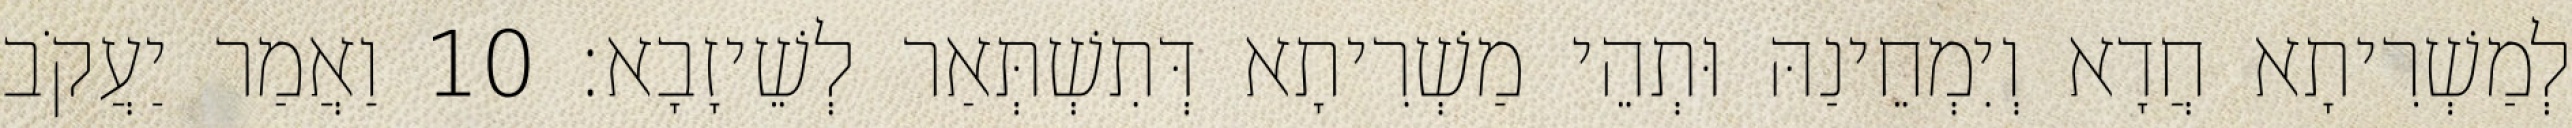
לְמַשְׁרִיתָא חֲדָא וְיִמְחֵינַהּ וּתְהֵי מַשְׁרִיתָא דְּתִשְׁתְּאַר לְשֵׁיזָבָא׃ 10 וַאֲמַר יַעֲקֹב